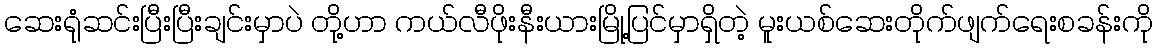
ဆေးရုံဆင်းပြီးပြီးချင်းမှာပဲ တို့ဟာ ကယ်လီဖိုးနီးယားမြို့ပြင်မှာရှိတဲ့ မူးယစ်ဆေးတိုက်ဖျက်ရေးစခန်းကို